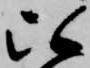
比